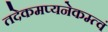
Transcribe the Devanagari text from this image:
तदेकमप्यनेकम्त्वं